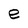
Character: e